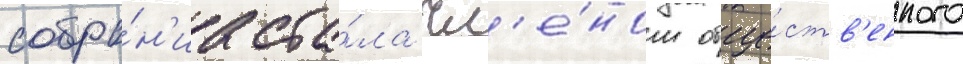
собра́н'иа ста́ла чл'е́ном обще́ств'енного